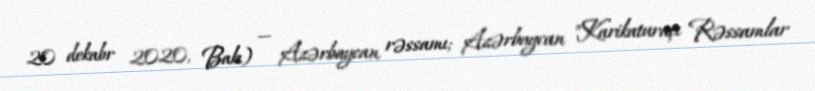
20 dekabr 2020, Bakı) — Azərbaycan rəssamı; Azərbaycan "Karikaturaçı Rəssamlar